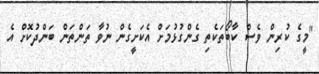
"މީގެ ކުރިން ވެސް ކާބޯތަކެތި ގެންގުޅުމަށް އެކަށީގެން ނުވާ ތަންތަން ބަންދުކޮށް އެ